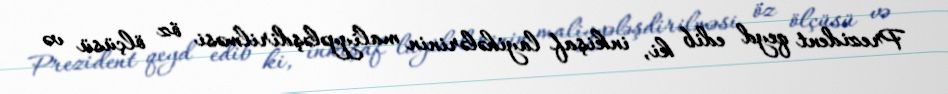
Prezident qeyd edib ki, inkişaf layihələrinin maliyyələşdirilməsi öz ölçüsü və